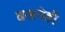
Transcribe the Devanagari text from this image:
बसनेही